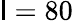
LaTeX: \mathsf{l}=80